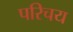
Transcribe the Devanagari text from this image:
परिचय